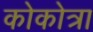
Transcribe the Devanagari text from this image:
कोकोत्रा